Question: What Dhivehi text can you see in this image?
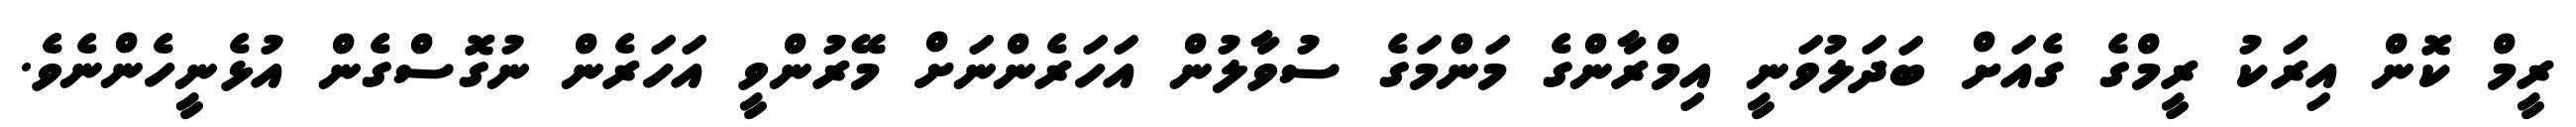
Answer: ރީމް ކޮން އިރަކު ރީމްގެ ގެއަށް ބަދަލުވަނީ އިމްރާންގެ މަންމަގެ ސުވާލުން އަހަރެންނަށް މޭރުންވީ އަހަރެން ނުގޮސްގެން އުޅެނީހެންނެވެ.